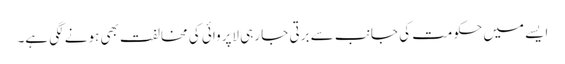
ایسے میں حکومت کی جانب سے برتی جا رہی لاپروائی کی مخالفت بھی ہونے لگی ہے۔